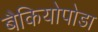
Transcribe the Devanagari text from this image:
बैकियोपोडा